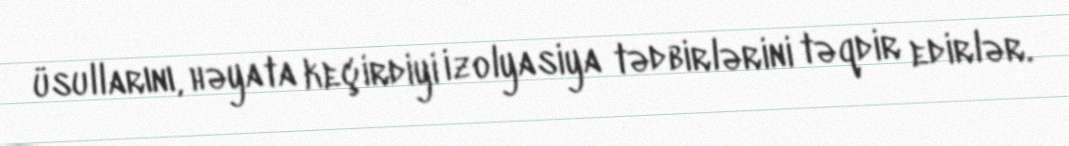
üsullarını, həyata keçirdiyi izolyasiya tədbirlərini təqdir edirlər.